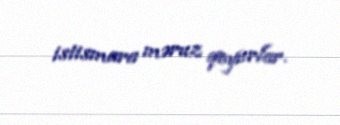
istismara məruz qoyurlar.